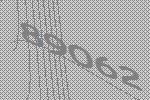
89062